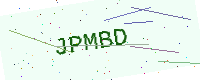
Text: JPMBD